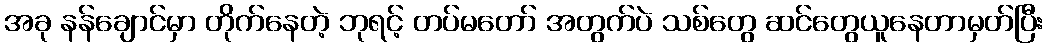
အခု နန်ချောင်မှာ တိုက်နေတဲ့ ဘုရင့် တပ်မတော် အတွက်ပဲ သစ်တွေ ဆင်တွေယူနေတာမှတ်ပြီး